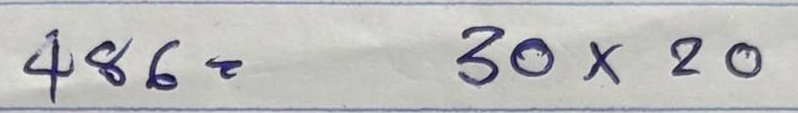
486 = 30x20